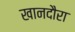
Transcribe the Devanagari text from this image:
खानदौरा